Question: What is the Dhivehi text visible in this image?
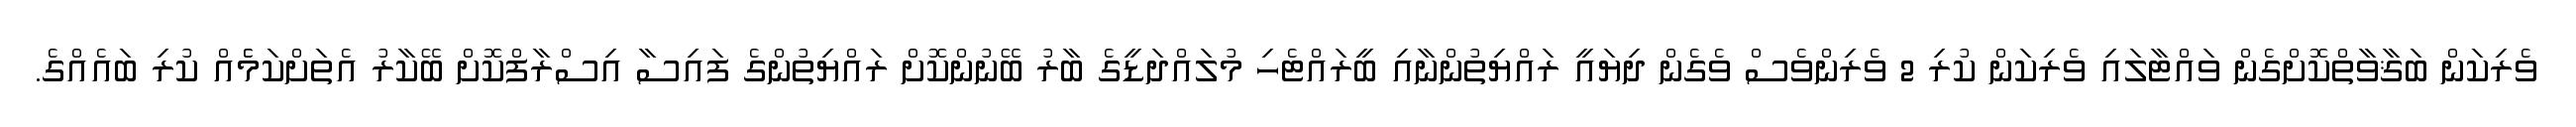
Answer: ވެރިކަން ބަޤާވާތްކޮށްގެން ވައްޓާލައި ވެރިކަން ކުރި 2 ވެރިންވެސް ވެގެން ދިޔައީ ރައްޔިތުންނާއި ބީރައްޓެހި މުލައްދަޑީގެ ބާރު ބޭނުންކޮށް ރައްޔިތުންގެ ފައިސާ އިސްރާފްކޮށް ބޭކާރު އެތަށްކަމެެއް ކުރި ބައެއްގެ.